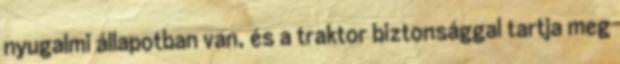
nyugalmi állapotban van, és a traktor biztonsággal tartja meg